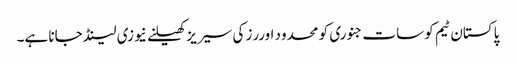
پاکستان ٹیم کو سات جنوری کو محدود اوررز کی سیریز کھیلنے نیوزی لینڈ جانا ہے۔